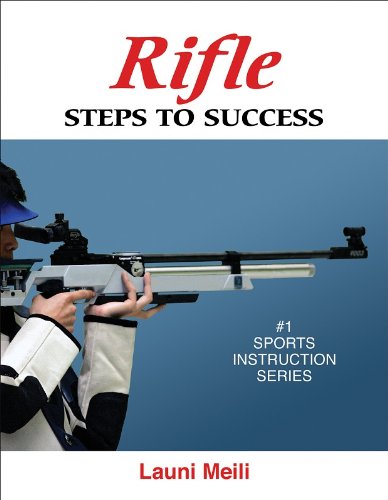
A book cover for Rifle: Steps to Success (Steps to Success Activity Series); Launi Meili; Sports & Outdoors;